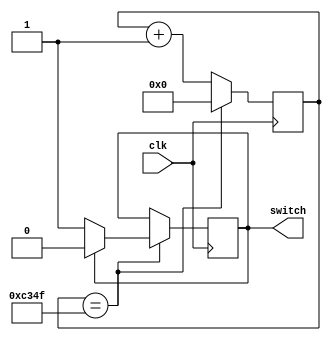
`timescale 1ns / 1ps
module ShowSwitch(
    input clk,
    output reg switch = 1'b0
    );

reg [15:0] select;

always@(posedge clk)
begin
    if(select == 16'd49_999)
	     select <= 16'd0;
	 else 
	     select <= select + 1;
end

always@(posedge clk)
begin 
    if(select == 16'd49_999)
	 begin
	     if(switch == 1'b1)
		      switch <= 1'b0;
		  if(switch == 1'b0)
		      switch <= 1'b1;
    end
end
endmodule